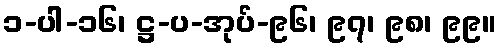
၁-ပါ-၁၆၊ ဋ္ဌ-ပ-အုပ်-၉၆၊ ၉၇၊ ၉၈၊ ၉၉။